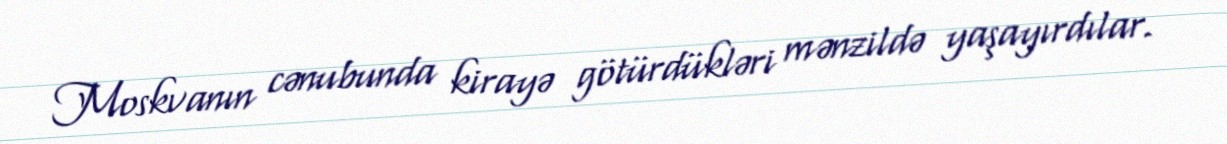
Moskvanın cənubunda kirayə götürdükləri mənzildə yaşayırdılar.